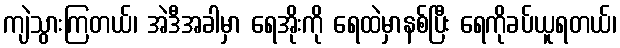
ကျဲသွားကြတယ်၊ အဲဒီအခါမှာ ရေအိုးကို ရေထဲမှာနစ်ပြီး ရေကိုခပ်ယူရတယ်၊